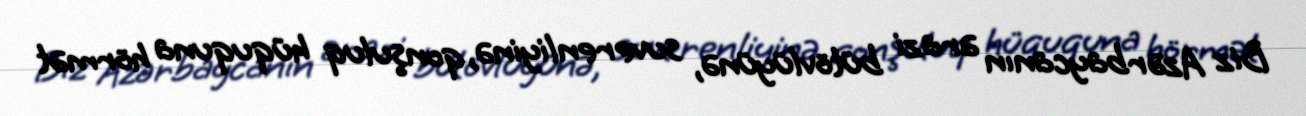
Biz Azərbaycanın ərazi bütövlüyünə, suverenliyinə, qonşuluq hüququna hörmət